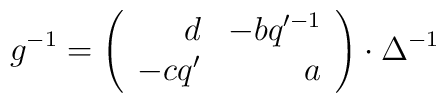
g^{-1}=\left(\begin{array}{rr}d & -b q'^{-1}\\-c q' & a\end{array}\right) \cdot \Delta^{-1}